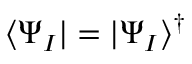
\langle \Psi _ { I } | = | \Psi _ { I } \rangle ^ { \dagger }